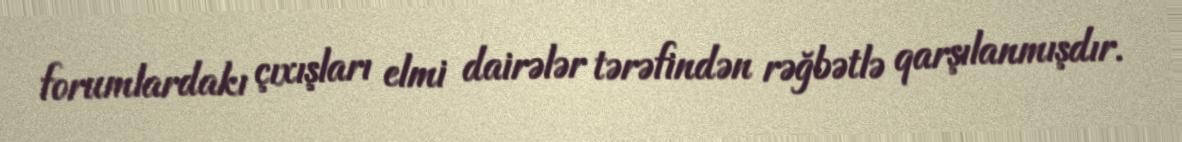
forumlardakı çıxışları elmi dairələr tərəfindən rəğbətlə qarşılanmışdır.